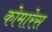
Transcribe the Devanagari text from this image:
कोमारेस